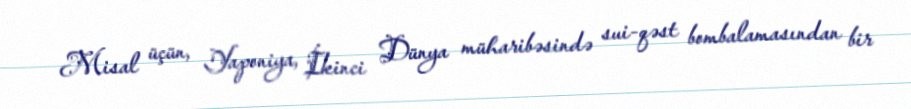
Misal üçün, Yaponiya, İkinci Dünya müharibəsində sui-qəst bombalamasından bir